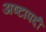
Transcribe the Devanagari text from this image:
अष्टापदीं